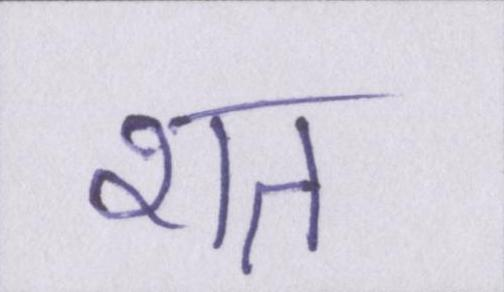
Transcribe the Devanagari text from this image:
शत